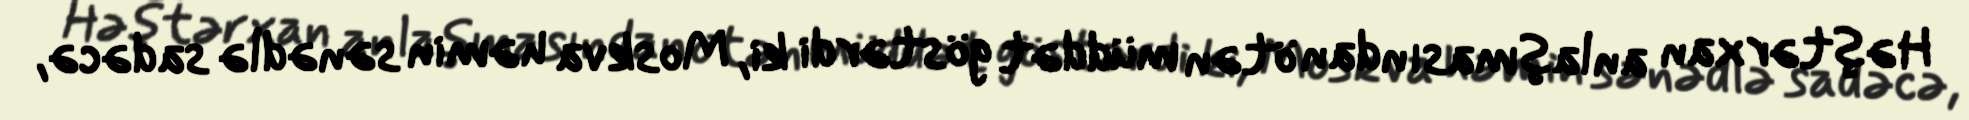
Həştərxan anlaşmasından ötən müddət göstərdi ki, Moskva həmin sənədlə sadəcə,